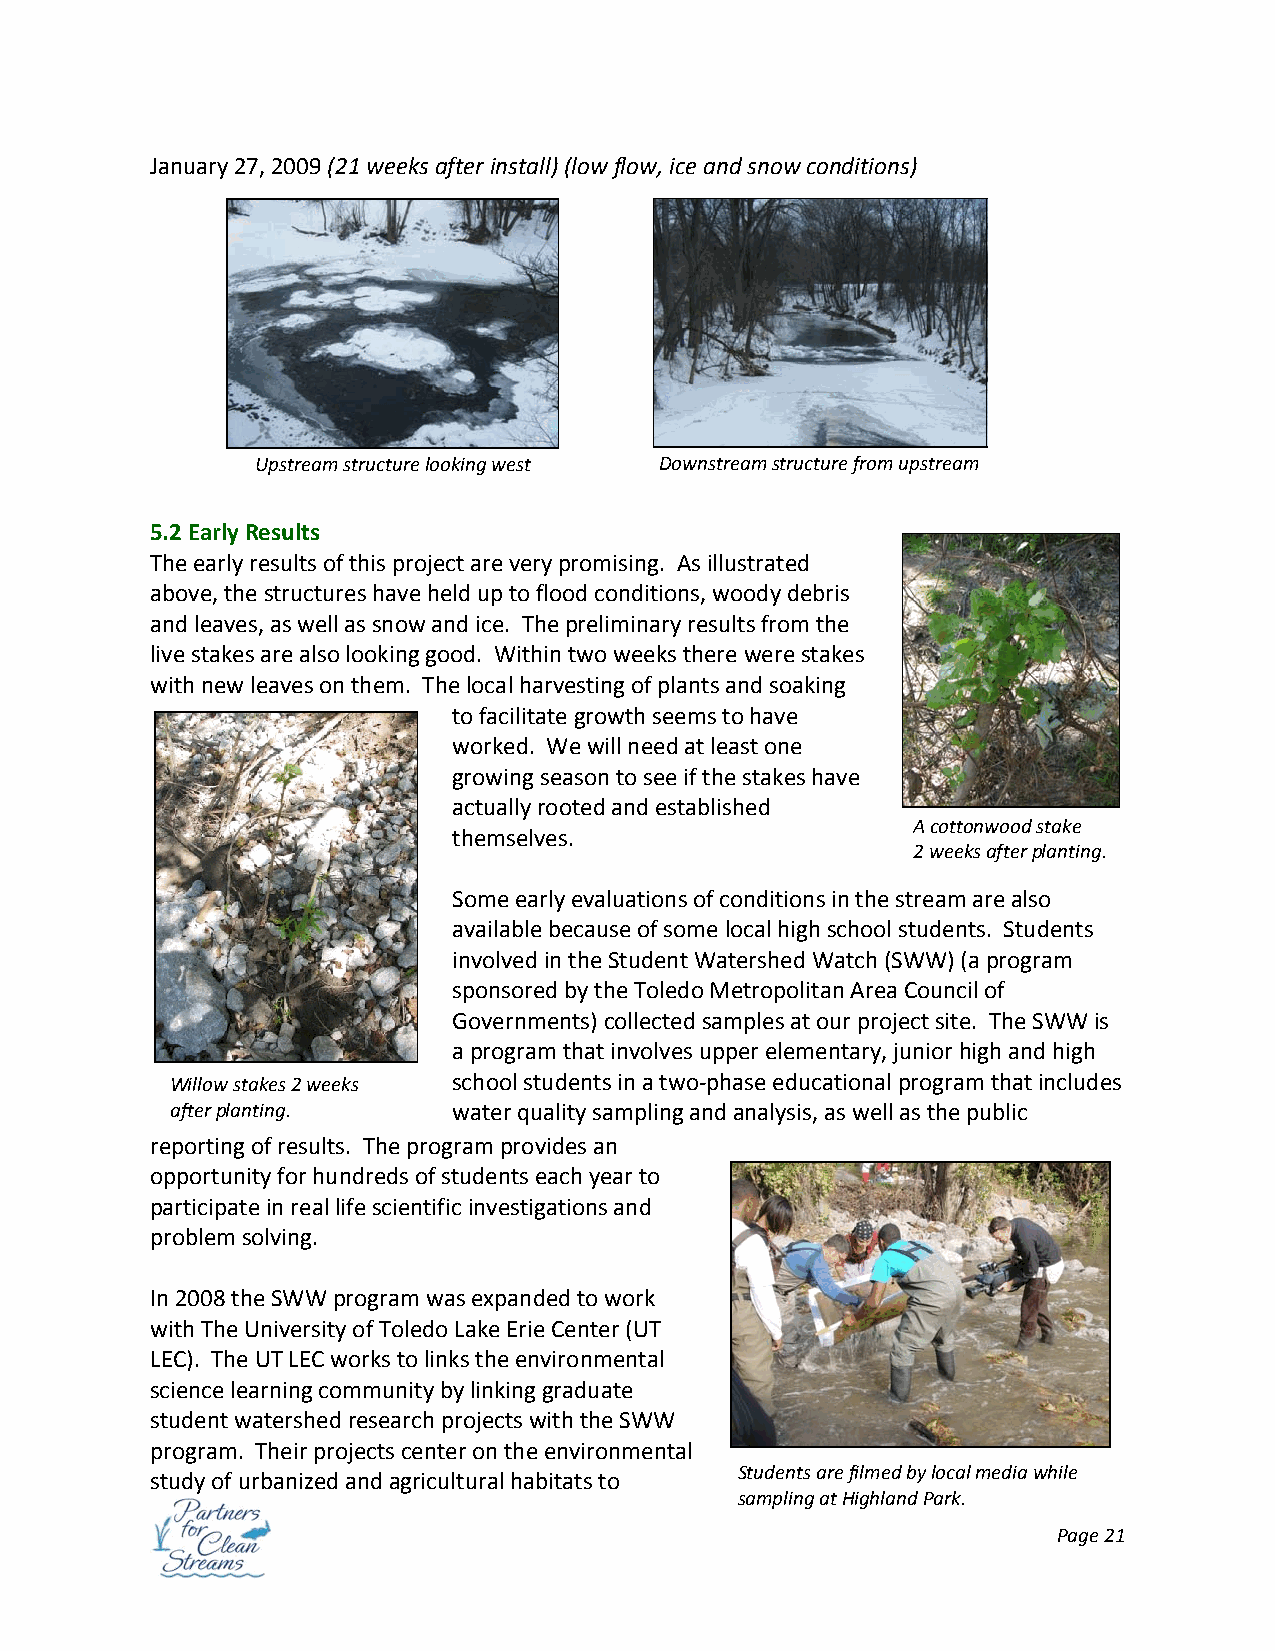
January 27, 2009 (21 weeks after install) (low flow, ice and snow conditions)
 Upstream structure looking west Downstream structure from upstream
 5.2 Early Results
 The early results of this project are very promising. As illustrated
 above, the structures have held up to flood conditions, woody debris
 and leaves, as well as snow and ice. The preliminary results from the
 live stakes are also looking good. Within two weeks there were stakes
 with new leaves on them. The local harvesting of plants and soaking
 to facilitate growth seems to have
 worked. We will need at least one
 growing season to see if the stakes have
 actually rooted and established
 A cottonwood stake
 themselves.
 2 weeks after planting.
 Some early evaluations of conditions in the stream are also
 available because of some local high school students. Students
 involved in the Student Watershed Watch (SWW) (a program
 sponsored by the Toledo Metropolitan Area Council of
 Governments) collected samples at our project site. The SWW is
 a program that involves upper elementary, junior high and high
 Willow stakes 2 weeks school students in a two‐phase educational program that includes
 after planting.    water quality sampling and analysis, as well as the public
 reporting of results. The program provides an
 opportunity for hundreds of students each year to
 participate in real life scientific investigations and
 problem solving.
 In 2008 the SWW program was expanded to work
 with The University of Toledo Lake Erie Center (UT
 LEC). The UT LEC works to links the environmental
 science learning community by linking graduate
 student watershed research projects with the SWW
 program. Their projects center on the environmental
 Students are filmed by local media while
 study of urbanized and agricultural habitats to
 sampling at Highland Park.
 Page 21